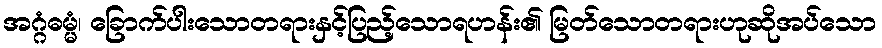
အဂ္ဂံဓမ္မံ၊ ခြောက်ပါးသောတရားနှင့်ပြည့်သောရဟန်း၏ မြတ်သောတရားဟုဆိုအပ်သော